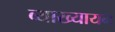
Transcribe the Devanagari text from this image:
व्याख्यायन